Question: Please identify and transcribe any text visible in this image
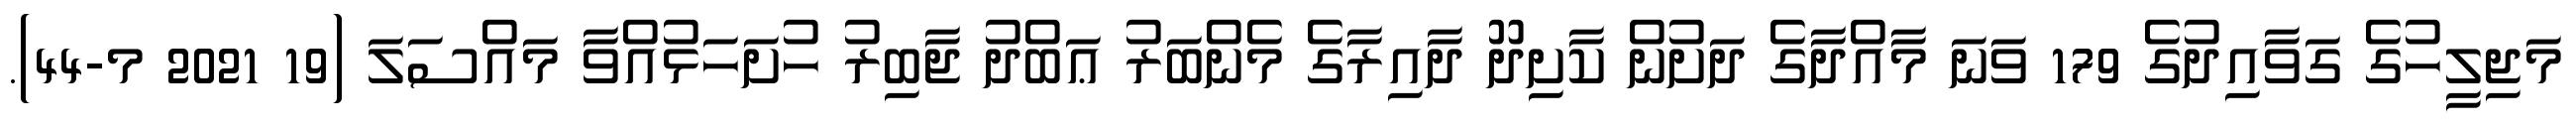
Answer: މަޖިލީހުގެ ގަވާއިދުގެ 179 ވަނަ މާއްދާގެ ދަށުން ކާށިދޫ ދާއިރާގެ މެންބަރު ޢަބްދު ޖާބިރު ހުށަހަޅުއްވާ މައްސަލަ (19 2021 މ-44).